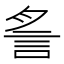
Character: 䚻